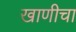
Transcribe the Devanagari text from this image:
खाणीचा